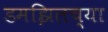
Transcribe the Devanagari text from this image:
डमझिलच्या